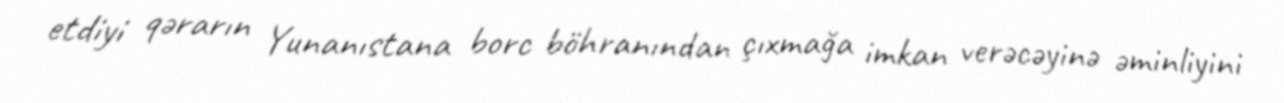
etdiyi qərarın Yunanıstana borc böhranından çıxmağa imkan verəcəyinə əminliyini